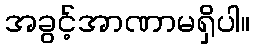
အခွင့်အာဏာမရှိပါ။